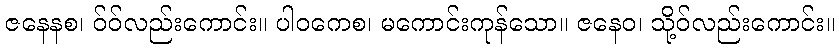
ဇနေနစ၊ ဝ်ဝ်လည်းကောင်း။ ပါဝကေစ၊ မကောင်းကုန်သော။ ဇနေဝ၊ သို့ဝ်လည်းကောင်း။